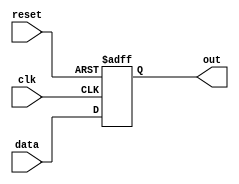
module async_reset_behavioral (
    input wire clk,          // Clock signal
    input wire reset,        // Asynchronous reset signal (active-high)
    input wire [3:0] data,   // Example data input (4-bit wide)
    output reg [3:0] out     // 4-bit output
);

// Initial state for the output
initial begin
    out = 4'b0000;          // Default initialization
end

// Always block for asynchronous reset and synchronous operation
always @(posedge clk or posedge reset) begin
    if (reset) begin
        out <= 4'b0000;      // Set output to predefined state on reset
    end else begin
        // Normal operation: update the output based on input data
        out <= data;         // Example operation: output follows input data
    end
end

endmodule